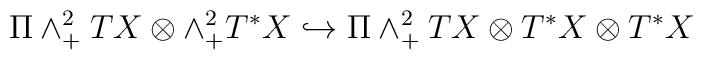
\Pi \wedge^{2}_{+}TX\otimes\wedge^{2}_{+}T^{*}X \hookrightarrow \Pi\wedge^{2}_{+}TX\otimes T^{*}X\otimes T^{*}X